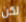
لكن